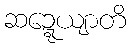
ဆဍ္ဍေယျာတိ